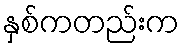
နှစ်ကတည်းက